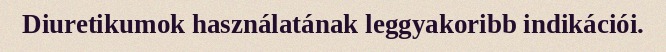
Diuretikumok használatának leggyakoribb indikációi.